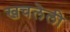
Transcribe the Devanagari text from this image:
खचलेली